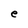
Character: e